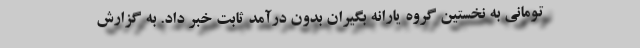
تومانی به نخستین گروه یارانه بگیران بدون درآمد ثابت خبر داد. به گزارش